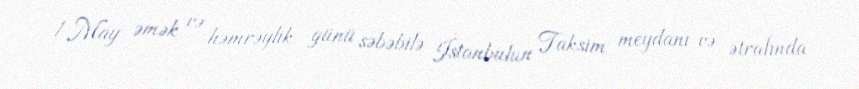
1 May əmək və həmrəylik günü səbəbilə İstanbulun Taksim meydanı və ətrafında